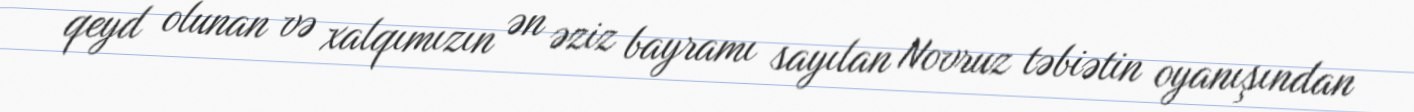
qeyd olunan və xalqımızın ən əziz bayramı sayılan Novruz təbiətin oyanışından